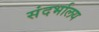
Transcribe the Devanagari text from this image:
संदर्भालय